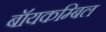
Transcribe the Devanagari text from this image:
बॉयकम्बिल